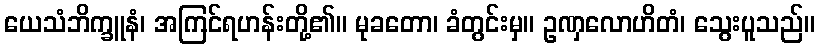
ယေသံဘိက္ခူနံ၊ အကြင်ရဟန်းတို့၏။ မုခတော၊ ခံတွင်းမှ။ ဥဏှလောဟိတံ၊ သွေးပူသည်။